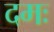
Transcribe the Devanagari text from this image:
दमः